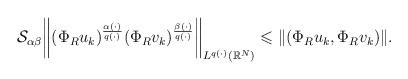
LaTeX: \begin{align*} \mathcal{S}_{\alpha\beta} \bigg\|(\Phi_{R}u_{k})^{\frac{\alpha(\cdot)}{q(\cdot)}}(\Phi_{R}v_{k})^{\frac{\beta(\cdot)}{q(\cdot)}}\bigg\|_{L^{q(\cdot)}(\mathbb{R}^{N}) } \leqslant \|( \Phi_{R}u_k,\Phi_{R}v_k)\|. \end{align*}